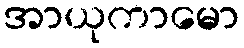
အာယုကာမော